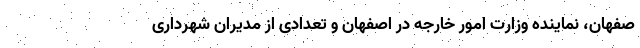
صفهان، نماینده وزارت امور خارجه در اصفهان و تعدادی از مدیران شهرداری